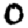
Digit: 0